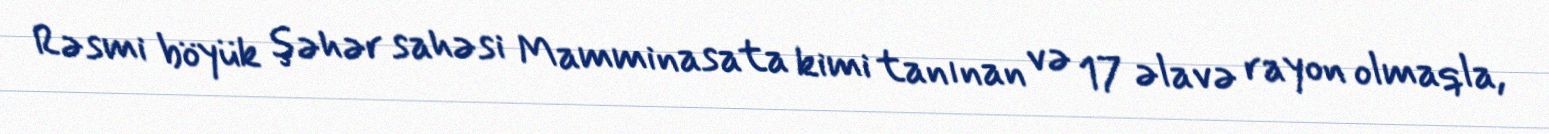
Rəsmi böyük şəhər sahəsi Mamminasata kimi tanınan və 17 əlavə rayon olmaqla,